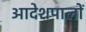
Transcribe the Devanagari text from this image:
आदेशपालों